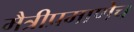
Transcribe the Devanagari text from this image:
मैत्रीप्रमाणेच